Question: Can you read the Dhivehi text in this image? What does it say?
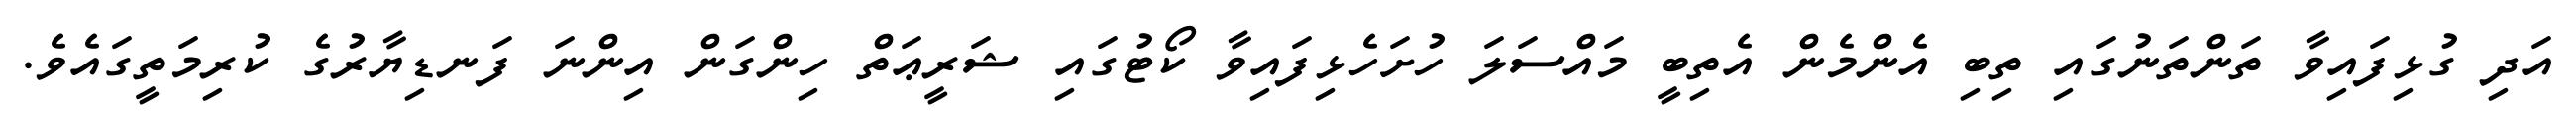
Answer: އަދި ގުޅިފައިވާ ތަންތަނުގައި ތިބި އެންމެން އެތިބީ މައްސަލަ ހުށަހެޅިފައިވާ ކޯޓުގައި ޝަރީޢަތް ހިންގަން އިންނަ ފަނޑިޔާރުގެ ކުރިމަތީގައެވެ.